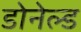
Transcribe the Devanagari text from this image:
डोनेल्ड